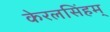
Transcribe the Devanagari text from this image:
केरलसिंहम्